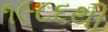
૧૯૮૬થી